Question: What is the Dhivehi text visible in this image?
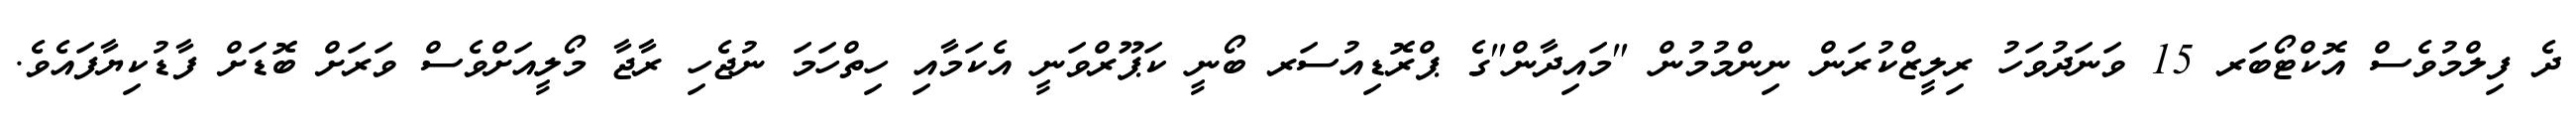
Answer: ދެ ފިލްމުވެސް އޮކްޓޯބަރ 15 ވަނަދުވަހު ރިލީޒްކުރަން ނިންމުމުން "މައިދާން"ގެ ޕްރޮޑިއުސަރ ބޯނީ ކަޕޫރްވަނީ އެކަމާއި ހިތްހަމަ ނުޖެހި ރާޖާ މޯލީއަށްވެސް ވަރަށް ބޮޑަށް ފާޑުކިޔާފައެވެ.